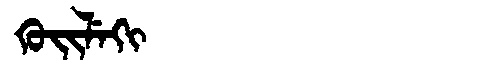
Manchu: ᡴᡠᡳᠯᡝᡴᡳ
Romanization: KUILEKI